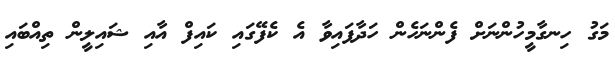
މަގު ހިނގާމީހުންނަށް ފެންނަހެން ހަދާފައިވާ އެ ކެފޭގައި ކައިފް އާއި ޝައިލީން ތިއްބައި